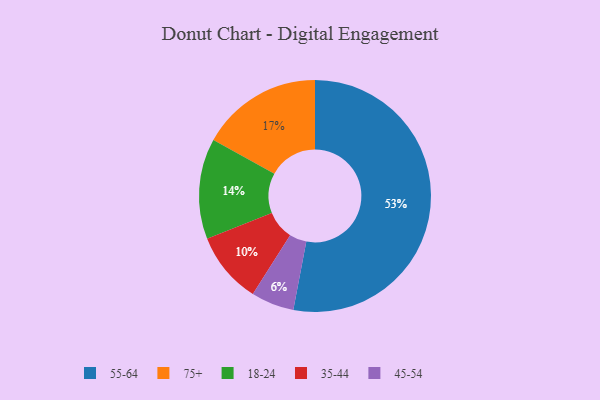
{"axis": {"x": "Category", "y": "Percentage"}, "legend": ["18-24", "35-44", "45-54", "55-64", "75+"], "data": [{"x": "45-54", "y": 6, "type": "45-54"}, {"x": "35-44", "y": 10, "type": "35-44"}, {"x": "75+", "y": 17, "type": "75+"}, {"x": "55-64", "y": 53, "type": "55-64"}, {"x": "18-24", "y": 14, "type": "18-24"}]}